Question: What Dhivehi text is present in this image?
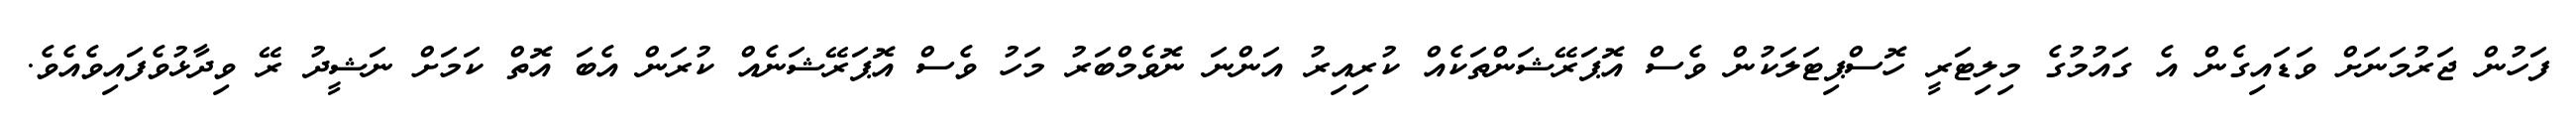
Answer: ފަހުން ޖަރުމަނަށް ވަޑައިގެން އެ ގައުމުގެ މިލިޓަރީ ހޮސްޕިޓަލަކުން ވެސް އޮޕަރޭޝަންތަކެއް ކުރިއިރު އަންނަ ނޮވެމްބަރު މަހު ވެސް އޮޕަރޭޝަނެއް ކުރަން އެބަ އޮތް ކަމަށް ނަޝީދު ރޭ ވިދާޅުވެފައިވެއެވެ.